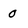
Character: 0